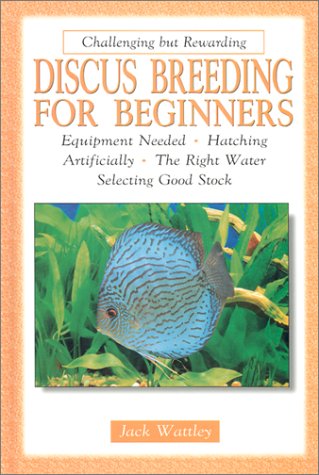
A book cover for Discus Breeding for Beginners; Jack Wattley; Crafts, Hobbies & Home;